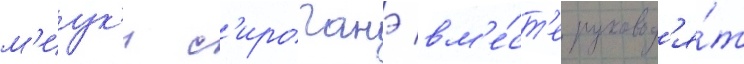
м'иук'и с'ироганэ вм'е́ст'е руковод'я́т